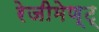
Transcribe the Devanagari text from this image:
रेजीमेण्ट्